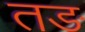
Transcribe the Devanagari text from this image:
तङ